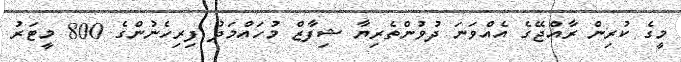
މީގެ ކުރިން ރާއްޖޭގެ އެއްވަނަ ދުވުންތެރިޔާ ޝިފާޒް މުހައްމަދު ފިރިހެނުންގެ 800 މީޓަރު